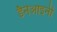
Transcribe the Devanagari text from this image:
डैनेआइनी